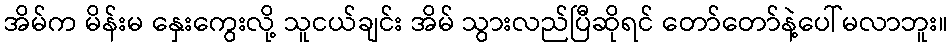
အိမ်က မိန်းမ နှေးကွေးလို့ သူငယ်ချင်း အိမ် သွားလည်ပြီဆိုရင် တော်တော်နဲ့ပေါ်မလာဘူး။